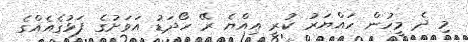
މި ދެ މީހުން ހައްޔަރު ކުރީ އިއްޔެ ރޭ ހޯދަޑު އަވަށުގެ ފަޅުގެއެއްގެ